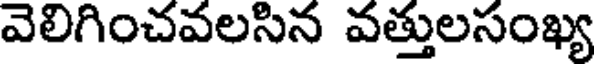
వెలిగించవలసిన వత్తులసంఖ్య